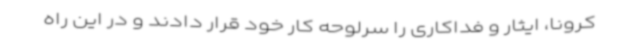
کرونا، ایثار و فداکاری را سرلوحه کار خود قرار دادند و در این راه